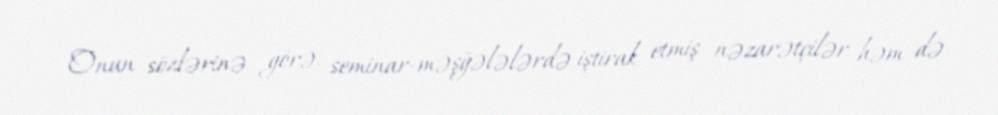
Onun sözlərinə görə, seminar-məşğələlərdə iştirak etmiş nəzarətçilər həm də